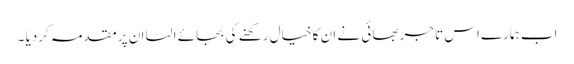
اب ہمارے اس تاجر بھائی نے ان کا خیال رکھنے کی بجائے الٹا ان پر مقدمہ کردیا ۔